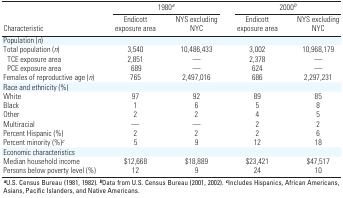
<table><thead><tr><td colspan="3"><b>1980<i><sup>a</sup></i></b></td><td colspan="3"><b>2000<i><sup>b</sup></i></b></td></tr><tr><td><b>Characteristic</b></td><td><b>Endicott exposure area</b></td><td><b>NYS excluding NYC</b></td><td><b>Endicott exposure area</b></td><td><b>NYS excluding NYC</b></td></tr></thead><tbody><tr><td>Population (<i>n</i>)</td><td></td><td></td><td></td><td></td><td></td><td></td><td></td><td></td></tr><tr><td>Total population (<i>n</i>)</td><td></td><td>3,540</td><td></td><td>10,486,433</td><td></td><td>3,002</td><td></td><td>10,968,179</td></tr><tr><td>TCE exposure area</td><td></td><td>2,851</td><td></td><td>—</td><td></td><td>2,378</td><td></td><td>—</td></tr><tr><td>PCE exposure area</td><td></td><td> 689</td><td></td><td>—</td><td></td><td>624</td><td></td><td>—</td></tr><tr><td>Females of reproductive age (<i>n</i>)</td><td></td><td>765</td><td></td><td>2,497,016</td><td></td><td>686</td><td></td><td>2,297,231</td></tr><tr><td>Race and ethnicity (%)</td><td></td><td></td><td></td><td></td><td></td><td></td><td></td><td></td></tr><tr><td>White</td><td></td><td>97</td><td></td><td>92</td><td></td><td>89</td><td></td><td>85</td></tr><tr><td>Black</td><td></td><td>1</td><td></td><td>6</td><td></td><td>5</td><td></td><td>8</td></tr><tr><td>Other</td><td></td><td>2</td><td></td><td>2</td><td></td><td>4</td><td></td><td>5</td></tr><tr><td>Multiracial</td><td></td><td>—</td><td></td><td>—</td><td></td><td>2</td><td></td><td>2</td></tr><tr><td>Percent Hispanic (%)</td><td></td><td>2</td><td></td><td>2</td><td></td><td>2</td><td></td><td>6</td></tr><tr><td>Percent minority (%)<i>c</i></td><td></td><td>5</td><td></td><td>9</td><td></td><td>12</td><td></td><td>18</td></tr><tr><td>Economic characteristics</td><td></td><td></td><td></td><td></td><td></td><td></td><td></td><td></td></tr><tr><td>Median household income</td><td></td><td>$12,668</td><td></td><td>$18,889</td><td></td><td>$23,421</td><td></td><td>$47,517</td></tr><tr><td>Persons below poverty level (%)</td><td></td><td>12</td><td></td><td>9</td><td></td><td>24</td><td></td><td>10</td></tr><tr><td colspan="9"><b>a</b>U.S. Census Bureau (1981, 1982). <b>b</b>Data fromU.S. Census Bureau (2001, 2002). <b>c</b>Includes Hispanics, AfricanAmericans, Asians, Pacific Islanders, and Native Americans.</td></tr></tbody></table>